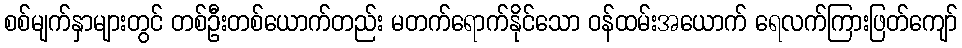
စစ်မျက်နှာများတွင် တစ်ဦးတစ်ယောက်တည်း မတက်ရောက်နိုင်သော ဝန်ထမ်းအယောက် ရေလက်ကြားဖြတ်ကျော်